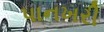
પાનખરી